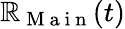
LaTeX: \mathbb{R}_{\mathrm{{~M~a~i~n~}}}(t)